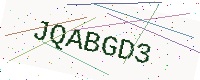
Text: JQABGD3